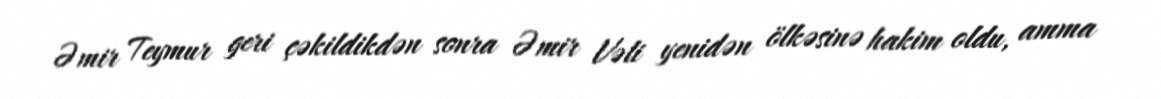
Əmir Teymur geri çəkildikdən sonra Əmir Vəli yenidən ölkəsinə hakim oldu, amma